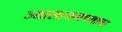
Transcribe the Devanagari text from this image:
ज्यालाजगण्याचा